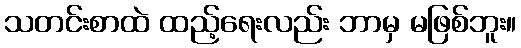
သတင်းစာထဲ ထည့်ရေးလည်း ဘာမှ မဖြစ်ဘူး။